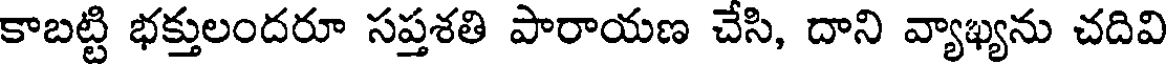
కాబట్టి భక్తులందరూ సప్తశతి పారాయణ చేసి, దాని వ్యాఖ్యను చదివి